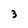
Character: 3